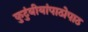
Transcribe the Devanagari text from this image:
कुटुंबीयांपाठोपाठ